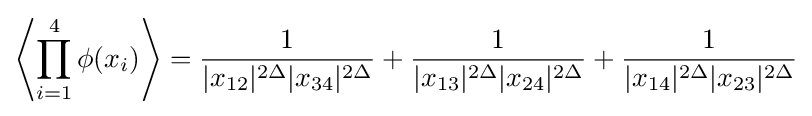
\left\langle \prod _{i=1}^{4}\phi (x_{i})\right\rangle ={\frac {1}{|x_{12}|^{2\Delta }|x_{34}|^{2\Delta }}}+{\frac {1}{|x_{13}|^{2\Delta }|x_{24}|^{2\Delta }}}+{\frac {1}{|x_{14}|^{2\Delta }|x_{23}|^{2\Delta }}}